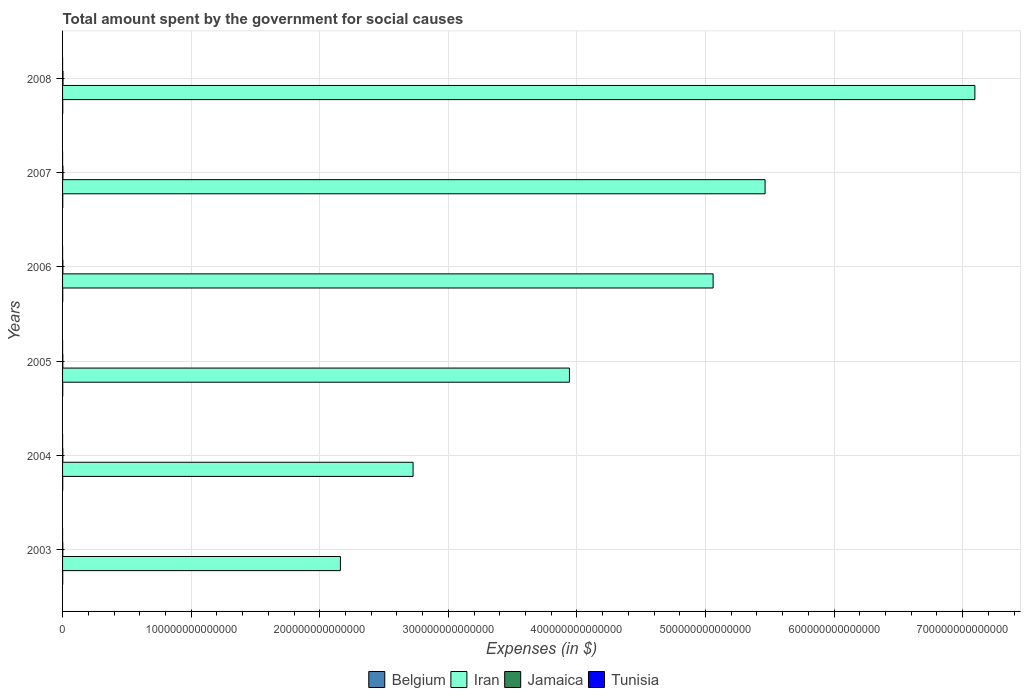
| Years | Belgium | Iran | Jamaica | Tunisia |
 | --- | --- | --- | --- | --- |
 | 2003 | 1.19e+11 | 2.16e+14 | 1.87e+11 | 8.97e+09 |
 | 2004 | 1.21e+11 | 2.73e+14 | 2.14e+11 | 1e+10 |
 | 2005 | 1.35e+11 | 3.94e+14 | 2.15e+11 | 1.09e+10 |
 | 2006 | 1.31e+11 | 5.06e+14 | 2.55e+11 | 1.18e+10 |
 | 2007 | 1.38e+11 | 5.46e+14 | 3.03e+11 | 1.31e+10 |
 | 2008 | 1.47e+11 | 7.1e+14 | 3.55e+11 | 1.51e+10 |